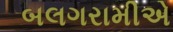
બલગરામીએ